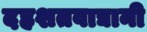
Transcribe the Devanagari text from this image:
दहशतवाद्यानी